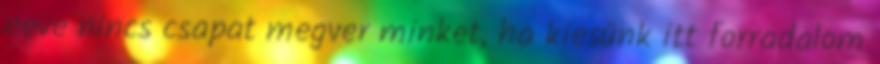
neve nincs csapat megver minket, ha kiesünk itt forradalom